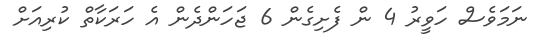
ނަމަވެސް ހަވީރު 4 ން ފެށިގެން 6 ޖަހަންދެން އެ ހަރަކާތް ކުރިއަށް